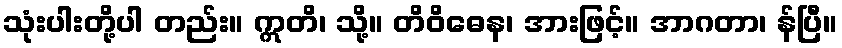
သုံးပါးတို့ပါ တည်း။ ဣတိ၊ သို့။ တိဝိဓေန၊ အားဖြင့်။ အာဂတာ၊ န်ပြီ။